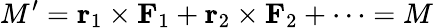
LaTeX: M^{\prime}=\mathbf{r}_{1}\times\mathbf{F}_{1}+\mathbf{r}_{2}\times\mathbf{F}_{2}+\cdots=M